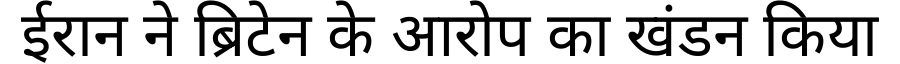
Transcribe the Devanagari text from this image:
ईरान ने ब्रिटेन के आरोप का खंडन किया